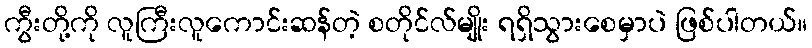
ကွီးတို့ကို လူကြီးလူကောင်းဆန်တဲ့ စတိုင်လ်မျိုး ရရှိသွားစေမှာပဲ ဖြစ်ပါတယ်။